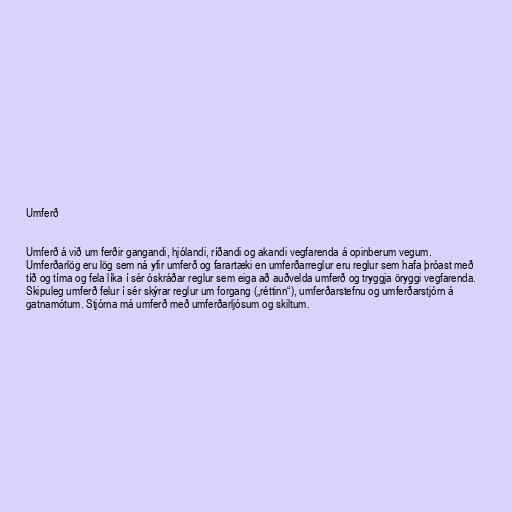
Umferð

Umferð á við um ferðir gangandi, hjólandi, ríðandi og akandi vegfarenda á opinberum vegum.
Umferðarlög eru lög sem ná yfir umferð og farartæki en umferðarreglur eru reglur sem hafa þróast með
tíð og tíma og fela líka í sér óskráðar reglur sem eiga að auðvelda umferð og tryggja öryggi vegfarenda.
Skipuleg umferð felur í sér skýrar reglur um forgang („réttinn“), umferðarstefnu og umferðarstjórn á
gatnamótum. Stjórna má umferð með umferðarljósum og skiltum.